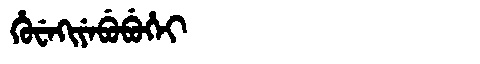
Manchu: ᡥᡠᠸᡝᡴᡳᠶᡝᠪᡠᠪᡠᡥᡝᡳ
Romanization: HUWEKIYEBUBUHEI